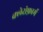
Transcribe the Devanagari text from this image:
क्लेरोफ़ार्म